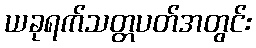
ယခုရက်သတ္တပတ်အတွင်း